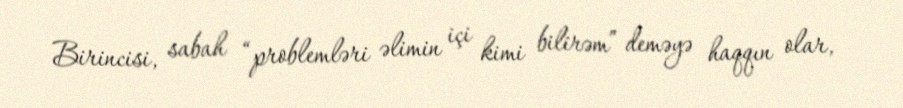
Birincisi, sabah “problemləri əlimin içi kimi bilirəm” deməyə haqqın olar,